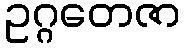
ဥဂ္ဂတေဇာ